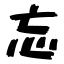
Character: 忘